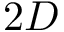
2 D